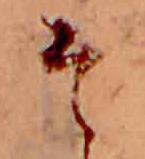
そ